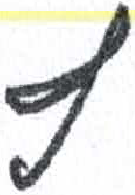
אות: ף